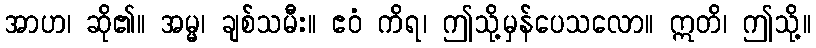
အာဟ၊ ဆို၏။ အမ္မ၊ ချစ်သမီး။ ဧဝံ ကိရ၊ ဤသို့မှန်ပေသလော။ ဣတိ၊ ဤသို့။